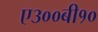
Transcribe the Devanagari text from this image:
ए३००बी१०